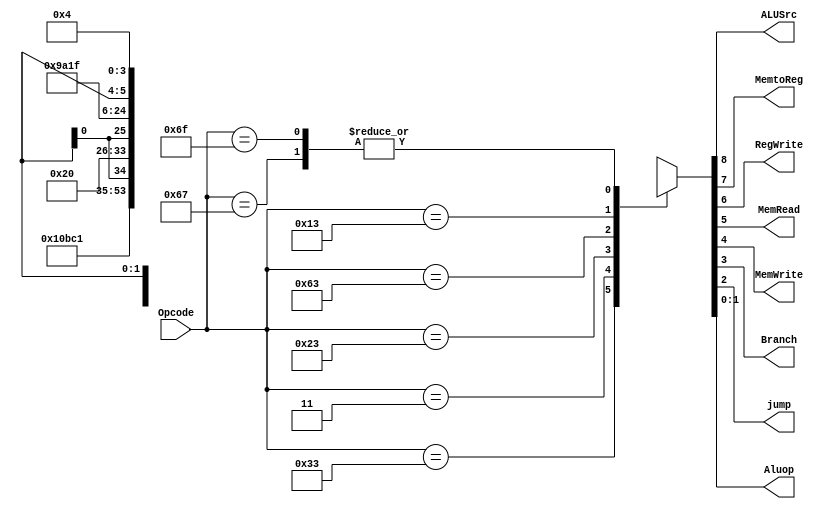
module mainController(Opcode,ALUSrc,MemtoReg,RegWrite, MemRead, MemWrite, Branch,jump,Aluop);
input [6:0] Opcode;
output ALUSrc,MemtoReg,RegWrite, MemRead, MemWrite, Branch,jump;
output [1:0] Aluop;
reg [8:0] control;
assign {ALUSrc,MemtoReg,RegWrite,MemRead,MemWrite,Branch,jump,Aluop} = control;
always @(*)
begin
case(Opcode)
7'b0110011 : control <= 9'b001000010; // R-type
7'b0000011 : control <= 9'b111100000; // lw-type
7'b0100011 : control <= 9'b1x0010000; // s-type
7'b1100011 : control <= 9'b0x0001001; // sb-type
7'b0010011 : control <= 9'b101000011; // I-type
7'b1100111 : control <= 9'b111xx0100; // jalr-type
7'b1101111 : control <= 9'b111xx0100; // jal-type
default : control    <= 9'bxxxxxxxxx;
endcase
end
endmodule